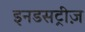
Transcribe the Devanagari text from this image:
इनडसट्रीज़